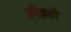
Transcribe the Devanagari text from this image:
प्रतिक्रती